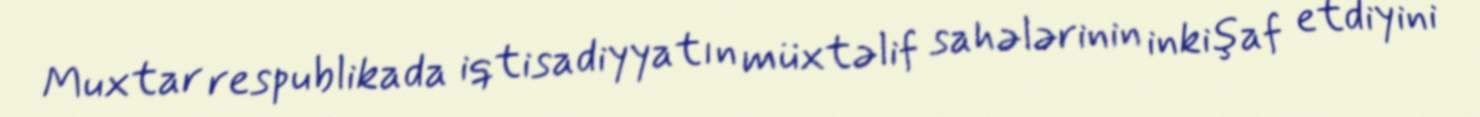
Muxtar respublikada iqtisadiyyatın müxtəlif sahələrinin inkişaf etdiyini